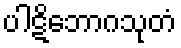
ပါဋိဘောဂသုတံ